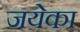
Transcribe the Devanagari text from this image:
जयेका